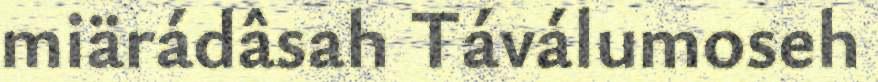
miärádâsah Táválumoseh